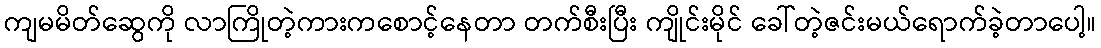
ကျမမိတ်ဆွေကို လာကြိုတဲ့ကားကစောင့်နေတာ တက်စီးပြီး ကျိုင်းမိုင် ခေါ်တဲ့ဇင်းမယ်ရောက်ခဲ့တာပေါ့။